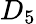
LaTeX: D_{5}